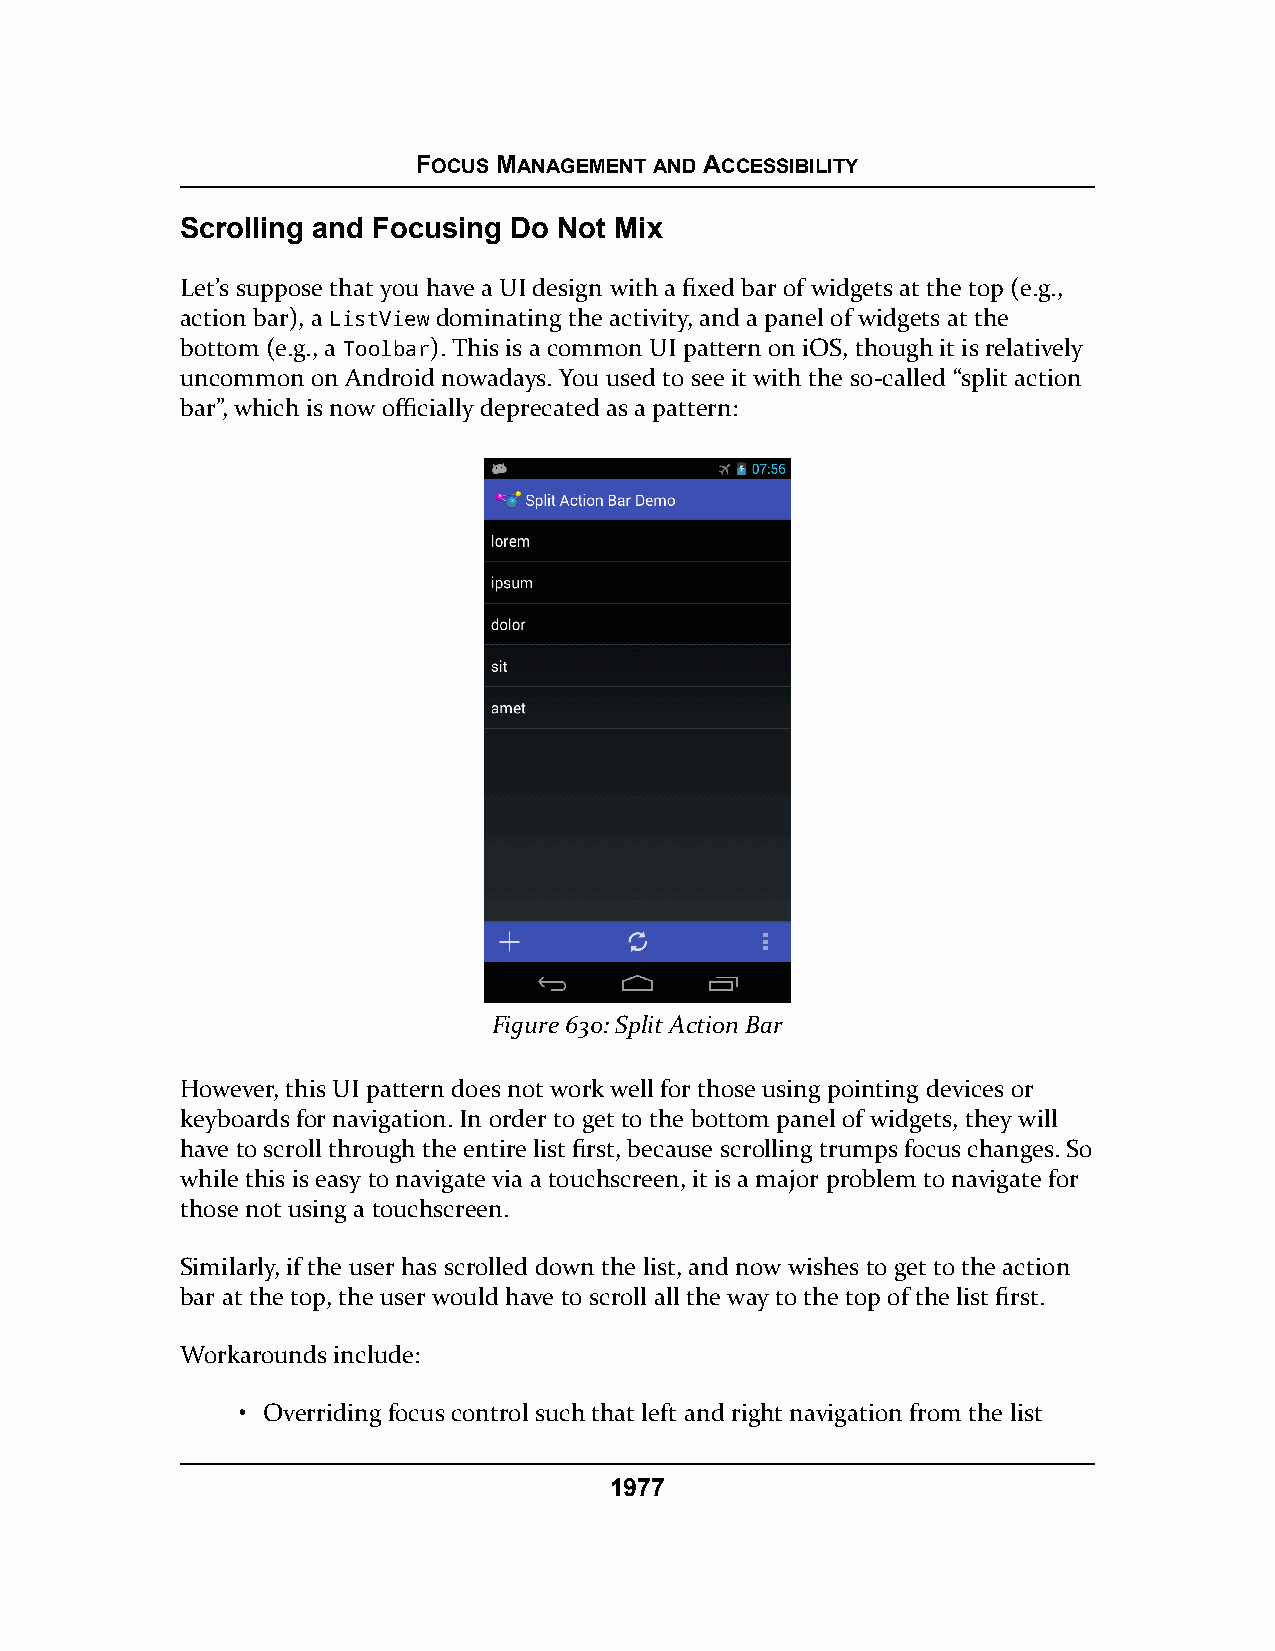
FOCUS MANAGEMENT AND ACCESSIBILITY
 Scrolling and Focusing Do Not Mix
 Let’s suppose that you have a UI design with a fixed bar of widgets at the top (e.g.,
 action bar), a ListView dominating the activity, and a panel of widgets at the
 bottom (e.g., a Toolbar). This is a common UI pattern on iOS, though it is relatively
 uncommon on Android nowadays. You used to see it with the so-called “split action
 bar”, which is now officially deprecated as a pattern:
 Figure 630: Split Action Bar
 However, this UI pattern does not work well for those using pointing devices or
 keyboards for navigation. In order to get to the bottom panel of widgets, they will
 have to scroll through the entire list first, because scrolling trumps focus changes. So
 while this is easy to navigate via a touchscreen, it is a major problem to navigate for
 those not using a touchscreen.
 Similarly, if the user has scrolled down the list, and now wishes to get to the action
 bar at the top, the user would have to scroll all the way to the top of the list first.
 Workarounds include:
 • Overriding focus control such that left and right navigation from the list
 1977